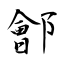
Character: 鄶